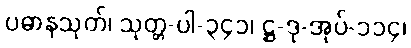
ပဓာနသုတ်၊ သုတ္တ-ပါ-၃၄၁၊ ဋ္ဌ-ဒု-အုပ်-၁၁၄၊